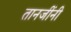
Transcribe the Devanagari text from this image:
तानजींनी